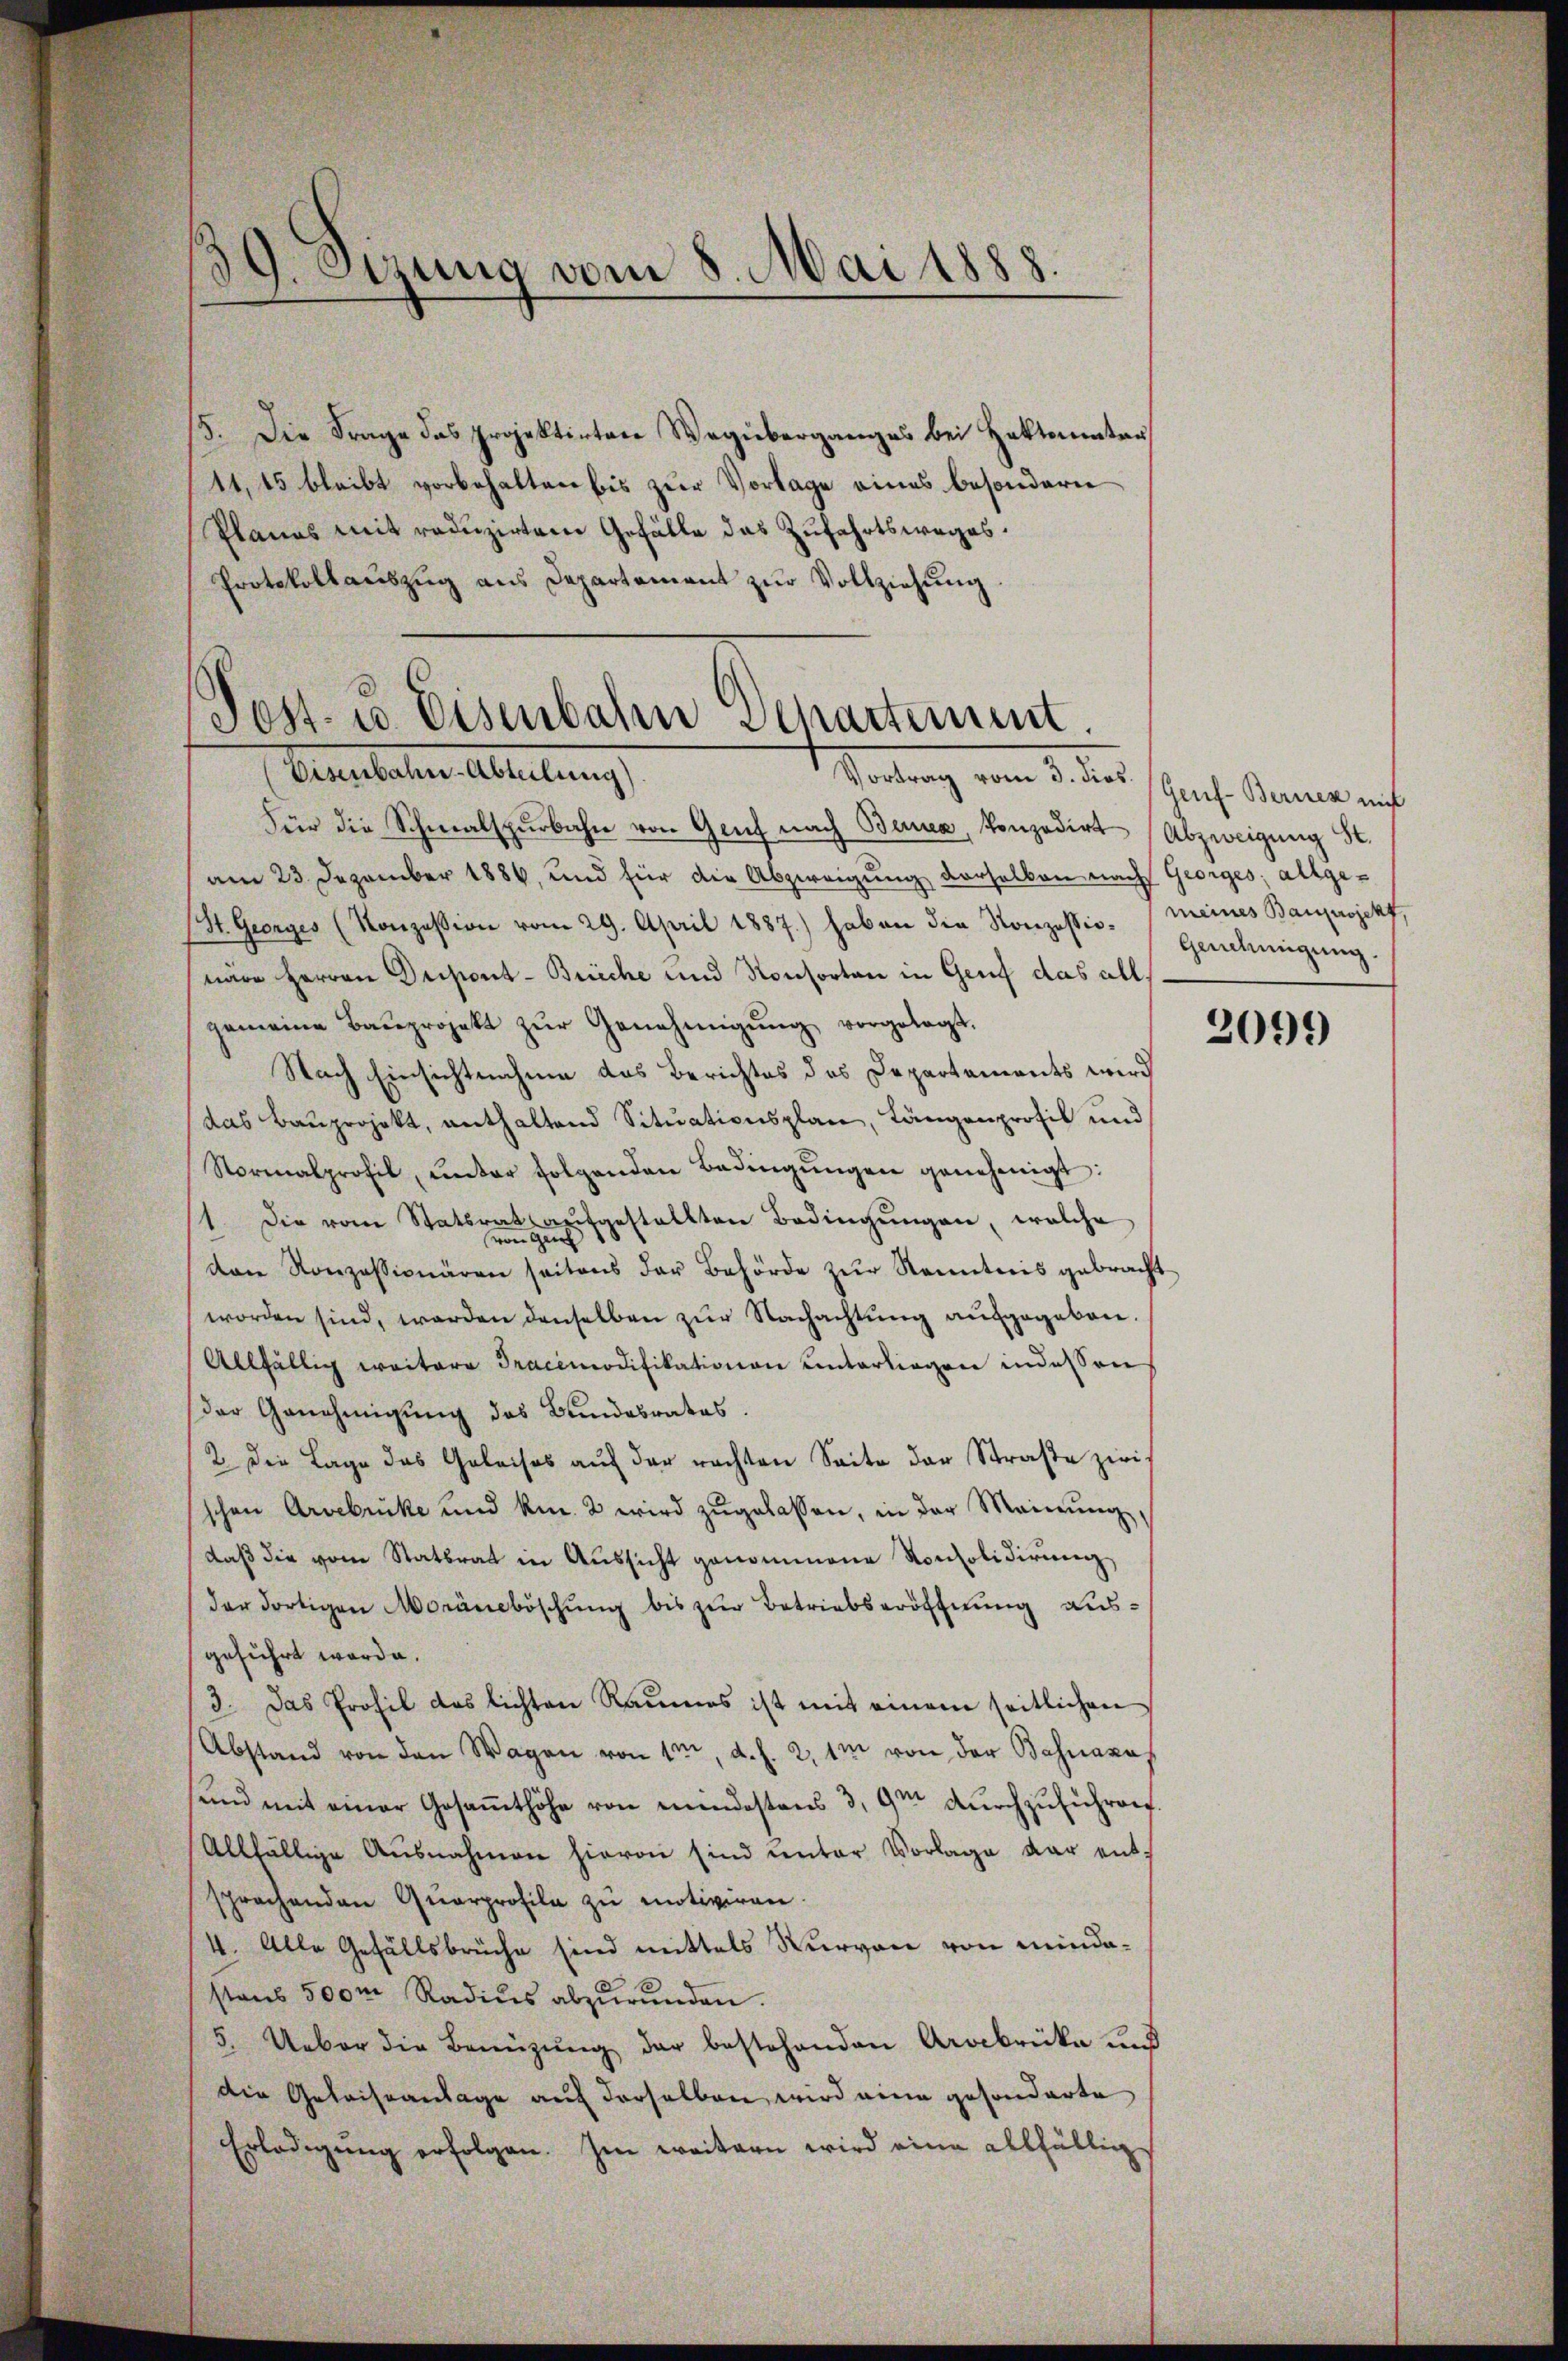
3
J. Otzung vom 8. Mai 1888.

15. Die Frage das projektirten Wegüberganges bei Hektoninter
11,45 bleibt vorbehalten bis zur Vorlage eines besondern
Planes mit reduzirten Gefälle das Zufahrtsweges.
Protokollaŭszŭg ans Departement zŭr Vollziehung

Post. Co. Eisenbahn Departement.
Eisenbahn-Abteilung).
Tordung vom 3. dies schnis. Sonne mit

Für die Schmalspurbahn von Genf nach Benen, konzedirt (Abzweigung St.
am 23. Dezember 1884, und für die Abzweigung derselben nach Georges. allge¬
(St. Georges (Konzession vom 29. April 1887.) haben die Konzessio. Genehmigung
nare Herren Dripont-Breche und Konsorten in Genf das allgemeine Baŭprojekt zŭr Genehmigŭng vorgelegt.
Nach Einsichtnahme das Berichtes des Departements wird
das Bauprojekt, enthaltend Situationsplan, Längenprofil und
Normalprofil, ŭnter folgenden Bedingŭngen genehmigt:
11. Die vom Statsrat aŭfgestellten Bedingŭngen, welche
von Gei
von Konzessionären seitens der Behörde zŭr Kenntnis gebracht
worden sind, werden denselben zŭr Nachachtŭng ausgegeben.
Allfällig weitere Pracimodifikationen unterliegen indessen
der Genehmigung des Bundesrates.
2. Die Lage das Geleises aŭf der rachten Seite der Straße zwi-
schen Arvebrike und kn. 2 wird zŭgelassen, in der Meinŭng,
daβ die vom Statsrat in Aussicht genommene Konsolidierung
der dortigen Moräneböschung bis zur Betriebseröffnung ausgeführt werde.
3. Das Profil das lichten Raumes ist mit einem seitlichen
Abstand von den Wagen von 1, d. h. 2. 1m von der Bahnakas
sund mit einer Gesaṁthöhe von mindestens 3,9m dŭrchzuführen.
Allfällige Ausnahmen hievon sind unter Vorlage der entsprachenden Quarprofile zu motiviren.
4. Alle Gefällsbrüche sind mittels Vervon von mindastens 500m Radius abzŭrŭnden.
5. Ueber die Benützŭng der bestehenden Arabrika und
die Geleiseanlage auf derselben wird eine gesonderte
Erledigŭng erfolgen. Im weitern wird eine allfällig

meines Bauprojekt,

2099